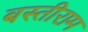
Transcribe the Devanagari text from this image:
बस्तीराम